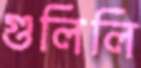
গুলিলি